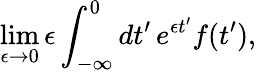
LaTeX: \operatorname*{lim}_{\epsilon\to 0}\epsilon\int_{-\infty}^{0}dt^{\prime}\, e^{\epsilon t^{\prime}}f(t^{\prime}),